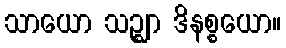
သာယော သဉ္ဈာ ဒိနစ္စယော။